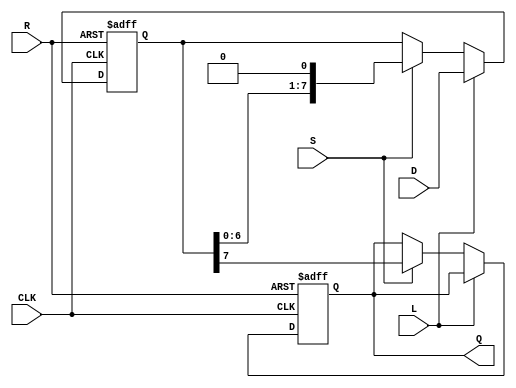
module PISO_Register #(
    parameter N = 8  // Parameter for the width of the parallel data input
)(
    input  wire [N-1:0] D,     // Parallel data input
    input  wire L,              // Load signal
    input  wire S,              // Shift signal
    input  wire CLK,            // Clock signal
    input  wire R,              // Asynchronous reset
    output reg  Q               // Serial output
);

    // Internal register to hold the data
    reg [N-1:0] shift_reg;

    // Asynchronous reset and synchronous loading/shifting
    always @(posedge CLK or posedge R) begin
        if (R) begin
            // Asynchronous reset: clear the shift register
            shift_reg <= {N{1'b0}};
            Q <= 1'b0; // Clear serial output
        end else begin
            if (L) begin
                // Load data into the shift register
                shift_reg <= D;
            end else if (S) begin
                // Shift data to the right
                Q <= shift_reg[N-1]; // Output the MSB
                shift_reg <= {shift_reg[N-2:0], 1'b0}; // Shift right, fill LSB with 0
            end
        end
    end

endmodule